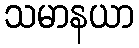
သမာနယာ